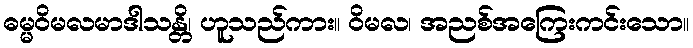
ဓမ္မဝိမလမာဒါသန္တိ၊ ဟူသည်ကား။ ဝိမလ၊ အညစ်အကြေးကင်းသော။